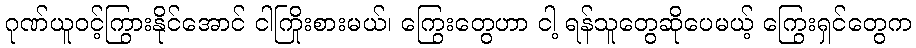
ဂုဏ်ယူဝင့်ကြွားနိုင်အောင် ငါကြိုးစားမယ်၊ ကြွေးတွေဟာ ငါ့ ရန်သူတွေဆိုပေမယ့် ကြွေးရှင်တွေက